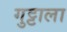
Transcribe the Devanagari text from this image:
गुट्टाला